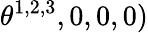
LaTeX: \theta^{1,2,3},0,0,0)